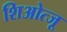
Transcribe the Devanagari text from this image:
शिओत्जू